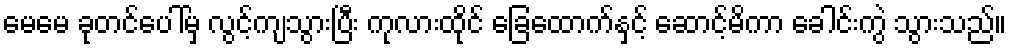
မေမေ ခုတင်ပေါ်မှ လွင့်ကျသွားပြီး ကုလားထိုင် ခြေထောက်နှင့် ဆောင့်မိကာ ခေါင်းကွဲ သွားသည်။